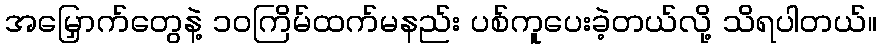
အမြှောက်တွေနဲ့ ၁၀ကြိမ်ထက်မနည်း ပစ်ကူပေးခဲ့တယ်လို့ သိရပါတယ်။